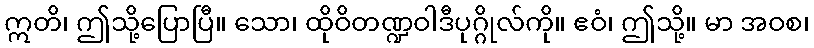
ဣတိ၊ ဤသို့ပြောပြီ။ သော၊ ထိုဝိတဏ္ဍဝါဒီပုဂ္ဂိုလ်ကို။ ဧဝံ၊ ဤသို့။ မာ အဝစ၊